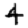
Digit: 4